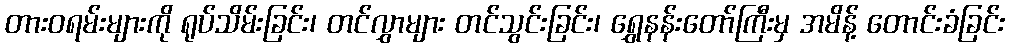
တားဝရမ်းများကို ရုပ်သိမ်းခြင်း၊ တင်လွှာများ တင်သွင်းခြင်း၊ ရွှေနန်းတော်ကြီးမှ အမိန့် တောင်းခံခြင်း